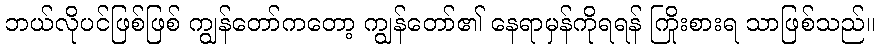
ဘယ်လိုပင်ဖြစ်ဖြစ် ကျွန်တော်ကတော့ ကျွန်တော်၏ နေရာမှန်ကိုရရန် ကြိုးစားရ သာဖြစ်သည်။